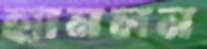
হ্যানলন